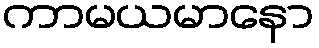
ကာမယမာနော